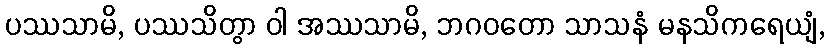
ပဿသာမိ, ပဿသိတွာ ဝါ အဿသာမိ, ဘဂဝတော သာသနံ မနသိကရေယျံ,